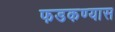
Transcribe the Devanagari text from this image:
फडकण्यास